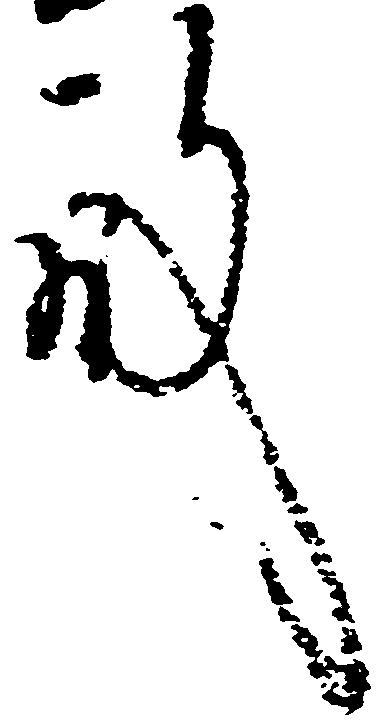
殿